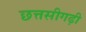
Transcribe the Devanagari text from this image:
छत्तसीगढ़ी